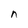
Character: n